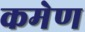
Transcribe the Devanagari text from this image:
कमेण